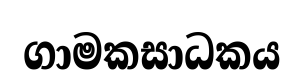
ගාමකසාධකය